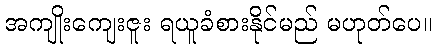
အကျိုးကျေးဇူး ရယူခံစားနိုင်မည် မဟုတ်ပေ။